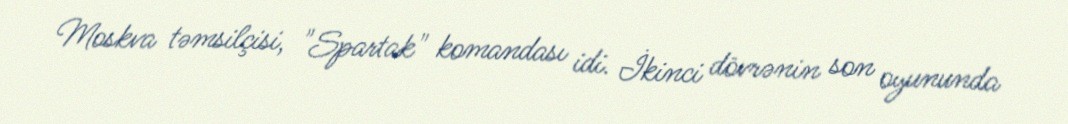
Moskva təmsilçisi, "Spartak" komandası idi. İkinci dövrənin son oyununda